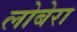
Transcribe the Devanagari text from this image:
लोबेरा